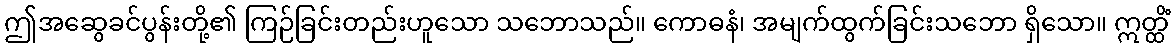
ဤအဆွေခင်ပွန်းတို့၏ ကြဉ်ခြင်းတည်းဟူသော သဘောသည်။ ကောဓနံ၊ အမျက်ထွက်ခြင်းသဘော ရှိသော။ ဣတ္ထိံ